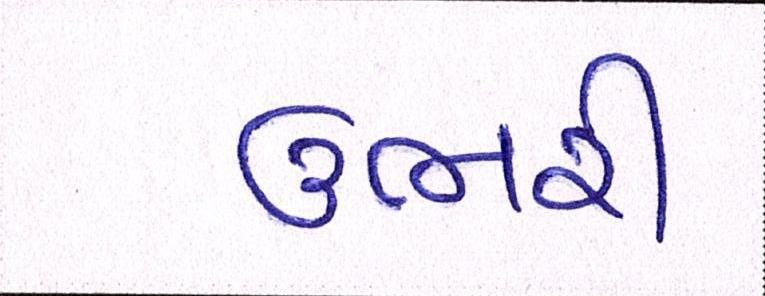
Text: ઉભરી